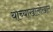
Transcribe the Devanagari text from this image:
याच्याखालोखाल